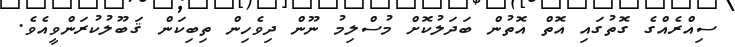
ސިއްރެއްގެ ގޮތުގައި އޮތް އޮތުން ބަދަލުކޮށް މުސްލިމު ނޫން ދިވެހިން ތިބިކަން ޤަބޫލުކުރަންވީއެވެ.